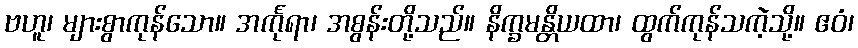
ဗဟူ၊ များစွာကုန်သော။ အင်္ကုရာ၊ အစွန်းတို့သည်။ နိက္ခမန္တိယထာ၊ ထွက်ကုန်သကဲ့သို့။ ဧဝံ၊